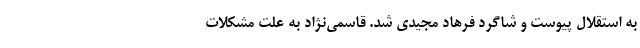
به استقلال پیوست و شاگرد فرهاد مجیدی شد. قاسمی‌نژاد به علت مشکلات